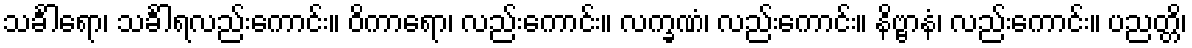
သင်္ခါရော၊ သင်္ခါရလည်းကောင်း။ ဝိကာရော၊ လည်းကောင်း။ လက္ခဏံ၊ လည်းကောင်း။ နိဗ္ဗာနံ၊ လည်းကောင်း။ ပညတ္တိ၊